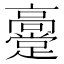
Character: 𬴞